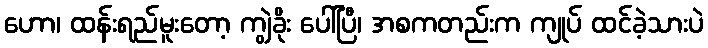
ဟော၊ ထန်းရည်မူးတော့ ကျွဲခိုး ပေါ်ပြီ၊ အစကတည်းက ကျုပ် ထင်ခဲ့သားပဲ